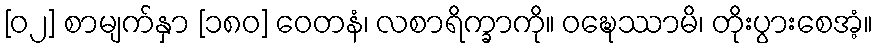
[၀၂] စာမျက်နှာ [၁၈၀] ဝေတနံ၊ လစာရိက္ခာကို။ ဝဍ္ဎေဿာမိ၊ တိုးပွားစေအံ့။